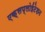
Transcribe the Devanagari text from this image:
एक्सप्लोईटेशन